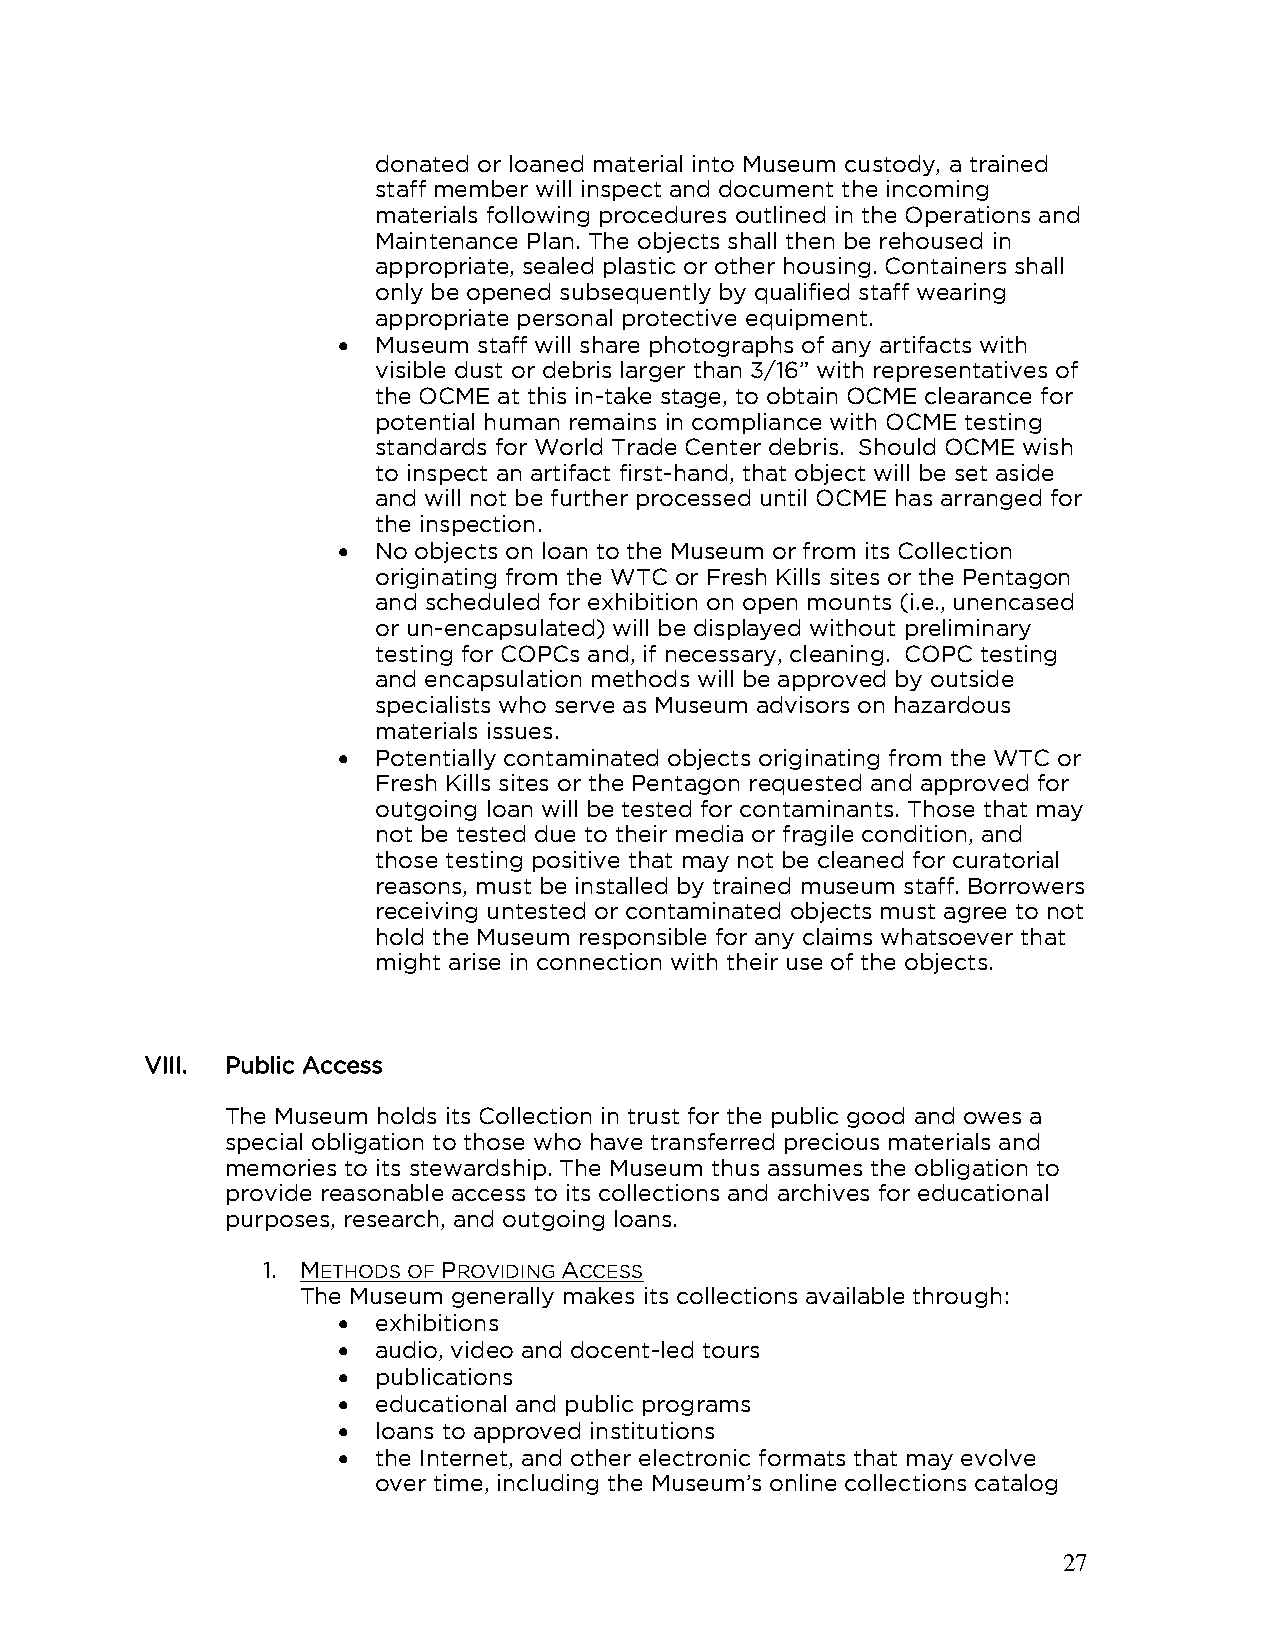
donated or loaned material into Museum custody, a trained
 staff member will inspect and document the incoming
 materials following procedures outlined in the Operations and
 Maintenance Plan. The objects shall then be rehoused in
 appropriate, sealed plastic or other housing. Containers shall
 only be opened subsequently by qualified staff wearing
 appropriate personal protective equipment.
 •  Museum staff will share photographs of any artifacts with
 visible dust or debris larger than 3/16” with representatives of
 the OCME at this in-take stage, to obtain OCME clearance for
 potential human remains in compliance with OCME testing
 standards for World Trade Center debris. Should OCME wish
 to inspect an artifact first-hand, that object will be set aside
 and will not be further processed until OCME has arranged for
 the inspection.
 •  No objects on loan to the Museum or from its Collection
 originating from the WTC or Fresh Kills sites or the Pentagon
 and scheduled for exhibition on open mounts (i.e., unencased
 or un-encapsulated) will be displayed without preliminary
 testing for COPCs and, if necessary, cleaning. COPC testing
 and encapsulation methods will be approved by outside
 specialists who serve as Museum advisors on hazardous
 materials issues.
 •  Potentially contaminated objects originating from the WTC or
 Fresh Kills sites or the Pentagon requested and approved for
 outgoing loan will be tested for contaminants. Those that may
 not be tested due to their media or fragile condition, and
 those testing positive that may not be cleaned for curatorial
 reasons, must be installed by trained museum staff. Borrowers
 receiving untested or contaminated objects must agree to not
 hold the Museum responsible for any claims whatsoever that
 might arise in connection with their use of the objects.
 VIII. Public Access
 The Museum holds its Collection in trust for the public good and owes a
 special obligation to those who have transferred precious materials and
 memories to its stewardship. The Museum thus assumes the obligation to
 provide reasonable access to its collections and archives for educational
 purposes, research, and outgoing loans.
 1. METHODS OF PROVIDING ACCESS
 The Museum generally makes its collections available through:
 •  exhibitions
 •  audio, video and docent-led tours
 •  publications
 •  educational and public programs
 •  loans to approved institutions
 •  the Internet, and other electronic formats that may evolve
 over time, including the Museum’s online collections catalog
 27